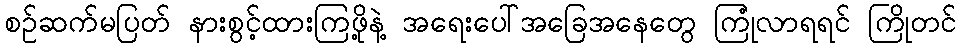
စဉ်ဆက်မပြတ် နားစွင့်ထားကြဖို့နဲ့ အရေးပေါ်အခြေအနေတွေ ကြုံလာရရင် ကြိုတင်